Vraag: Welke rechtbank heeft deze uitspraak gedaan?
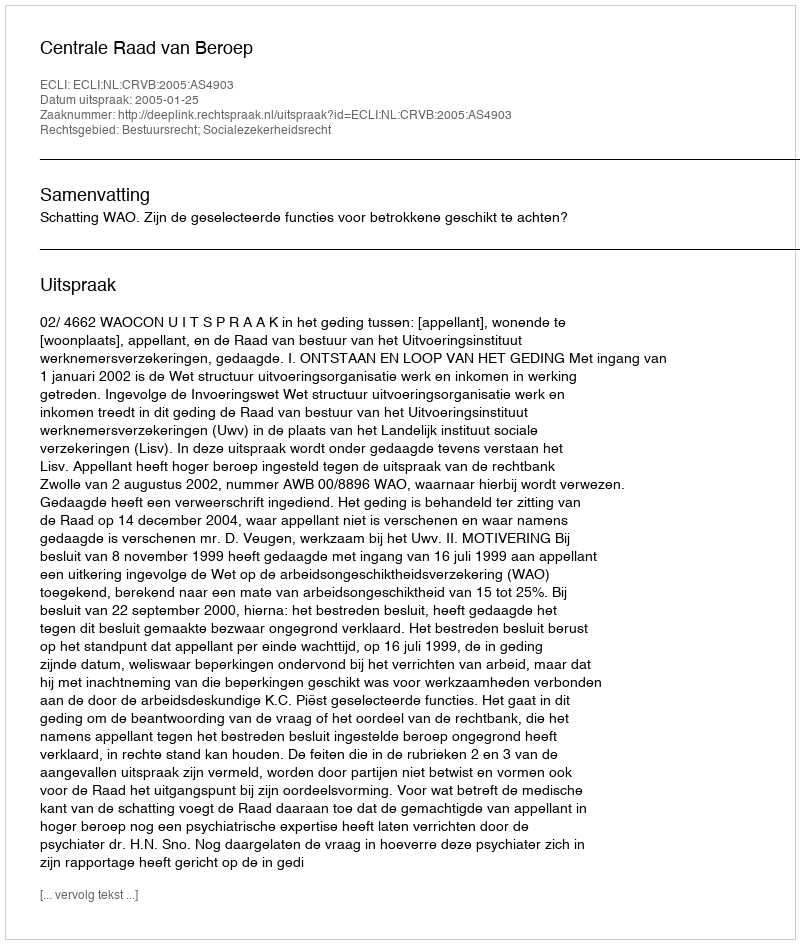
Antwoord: Centrale Raad van Beroep